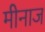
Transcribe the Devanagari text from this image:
मीनाज